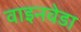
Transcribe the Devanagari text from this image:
वाइनवेडा